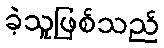
ခဲ့သူဖြစ်သည်